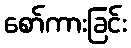
စော်ကားခြင်း